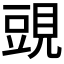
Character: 𧡀